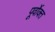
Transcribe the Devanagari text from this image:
पूर्वाेक्त